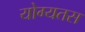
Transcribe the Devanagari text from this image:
योग्यतस